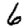
Digit: 6